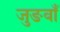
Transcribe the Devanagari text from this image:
जुङवाँ